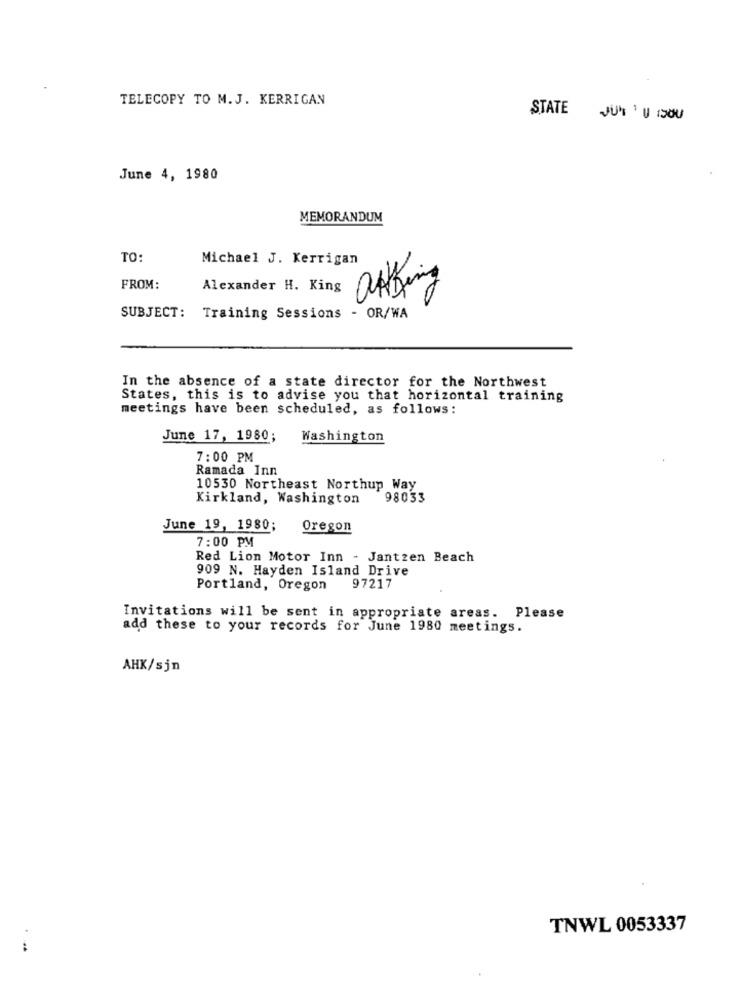
TELECOPY TO M.J. KERRIGAN
STATE
JUH 'U 1300
June 4, 1980
MEMORANDUM
TO:
Michael J. Kerrigan
FROM:
Alexander H. King
SUBJECT: Training Sessions - OR/WA
In the absence of a state director for the Northwest
States, this is to advise you that horizontal training
meetings have been scheduled, as follows:
June 17, 1980;
Washington
7:00 PM
Ramada Inn
10530 Northeast Northup Way
Kirkland, Washington
98033
June 19, 1980;
Oregon
7:00 PM
Red Lion Motor Inn - Jantzen Beach
909 N. Hayden Island Drive
Portland, Oregon
97217
Invitations will be sent in appropriate areas. Please
add these to your records for June 1980 meetings.
AHK/sjn
TNWL 0053337